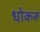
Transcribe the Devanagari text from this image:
धोकरू